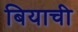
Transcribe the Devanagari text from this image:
बियाची